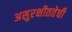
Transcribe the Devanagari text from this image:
असुरक्षीततेची